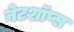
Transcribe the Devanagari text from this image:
नेटशॉप्स